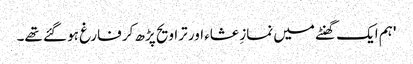
'ہم ایک گھنٹے میں نمازِ عشاء اور تراویح پڑھ کر فارغ ہو گئے تھے۔